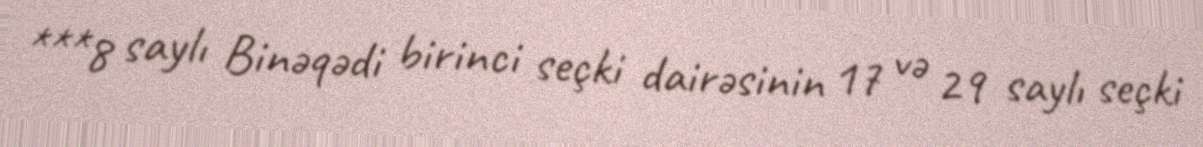
***8 saylı Binəqədi birinci seçki dairəsinin 17 və 29 saylı seçki